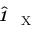
\hat { \textbf { \textit { 1 } } \, } _ { \! \mathrm { X } }